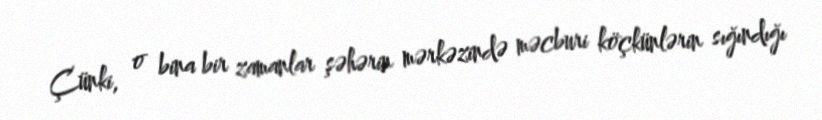
Çünki, o bina bir zamanlar şəhərin mərkəzində məcburi köçkünlərin sığındığı